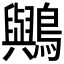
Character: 𪇬